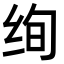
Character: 绚